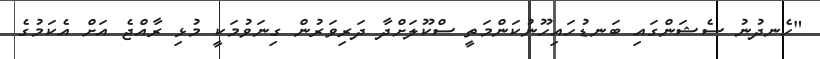
"ހެނދުނު ސެޝަންގައި ބަނޑުހައިހޫނުކަންމަތީ ސްކޫލަށްދާ ދަރިވަރުން ގިނަވުމަކީ މުޅި ރާއްޖެ އަށް އެކަމުގެ